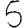
Digit: 5